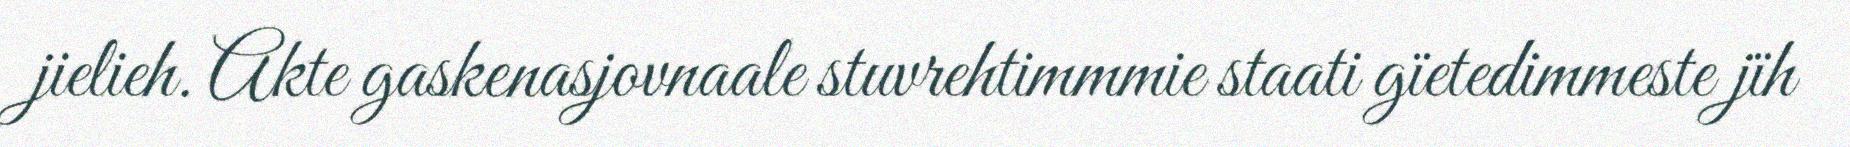
jielieh. Akte gaskenasjovnaale stuvrehtimmmie staati gïetedimmeste jïh